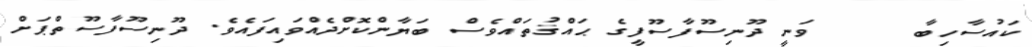
ކައުސާހިބާ     ވަނީ ދޫނިސޫފާސޫފީގެ ޙައްޤުތައްވެސް ބަޔާންކޮށްދެއްވައިފައެވެ. ދޫނިސޫފާސޫތްޕަށް